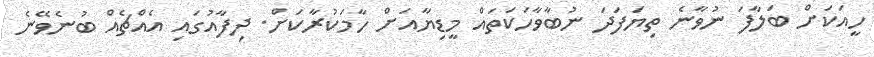
ހީއަކަށް ބަލާފަ ނުވާނެ ތިޔަފަދަ ނުބާވާހަކަތައް މީޑިޔާއަށް ހާމަކުރާކަށް. ދިފާއުގައި އެއްޗެއް ބުނެވޭނެ